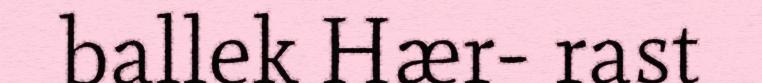
ballek Hær- rast